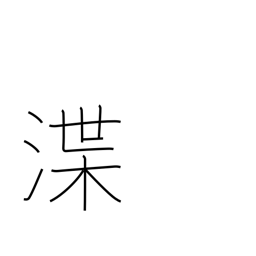
Meaning: dredging